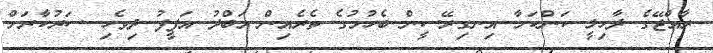
ރާއްޖޭގެ ދާހިލީ ކަންކަމާ އިނގިރޭސީން ބެހުމުގެ ތެރެއިން އަބްދު އަފީފު ދިވެހި ސަރުކާރަށް